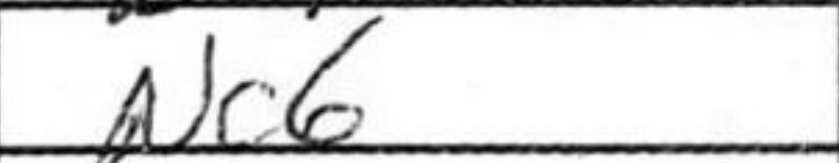
Transcription: Nc6